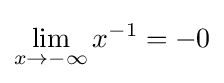
\lim _{x\to -\infty }{x^{-1}}=-0